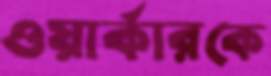
ওয়ার্কারকে